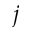
j